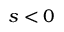
s < 0